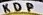
K D P